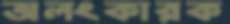
অলংকারক